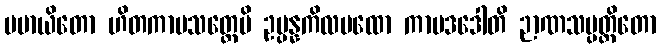
မမာယိတော ဟိတကာမသတ္တေပိ ဥပ္ပန္နကိလမထော ကာမဒဒေါတိ ဉာဏသမ္ပတ္တိတော